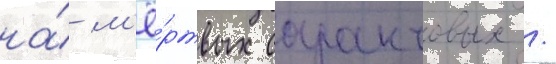
на́ м'ё́ртвых саранчовых /